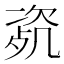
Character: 𣣰